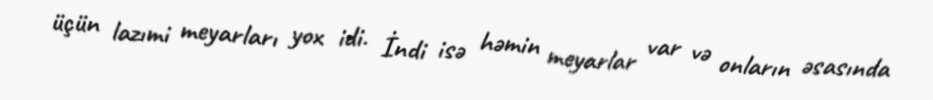
üçün lazımi meyarları yox idi. İndi isə həmin meyarlar var və onların əsasında